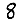
Digit: 8